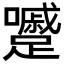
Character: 𡄱